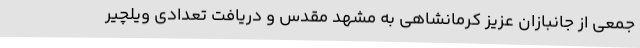
جمعی از جانبازان عزیز کرمانشاهی به مشهد مقدس و دریافت تعدادی ویلچیر